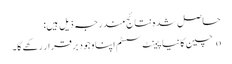
حاصل شدہ نتائج مندرجہ ذیل ہیں:
o چین کا نیا پیمنٹ سسٹم اپنا وجود برقرار رکھے گا۔